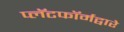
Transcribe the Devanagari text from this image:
प्लॅटफॉर्मद्वारे